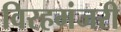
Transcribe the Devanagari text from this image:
विरहमंजरी